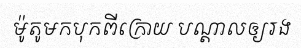
ម៉ូតូមកបុកពីក្រោយ បណ្តាលឲ្យរង